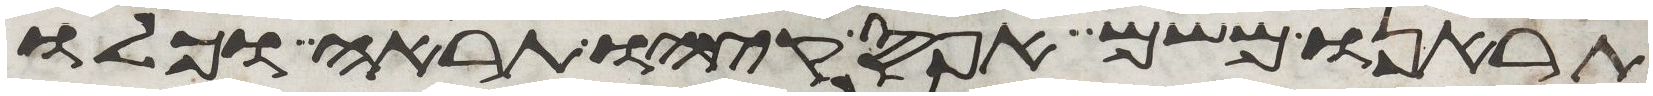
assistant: תראנו משם אפס קצהו תראה וכלו